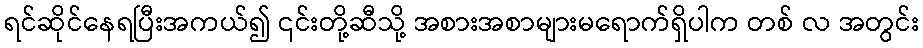
ရင်ဆိုင်နေရပြီးအကယ်၍ ၎င်းတို့ဆီသို့ အစားအစာများမရောက်ရှိပါက တစ် လ အတွင်း